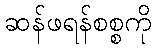
ဆန်ဖရန်စစ္စကို